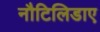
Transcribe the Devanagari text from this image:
नौटिलिडाए